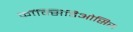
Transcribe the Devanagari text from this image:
कॉक्सिडिओसिस